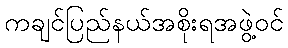
ကချင်ပြည်နယ်အစိုးရအဖွဲ့ဝင်